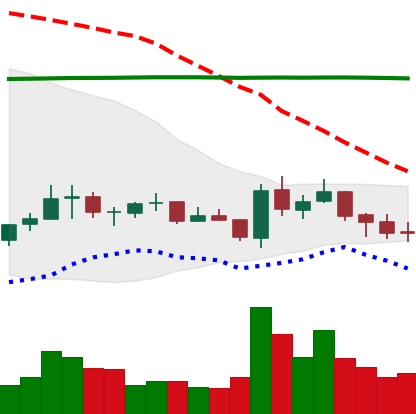
Ticker: EOS-USD
Chart end date: 2021-07-16
Forward return: -4.365%
Label: down_3_5